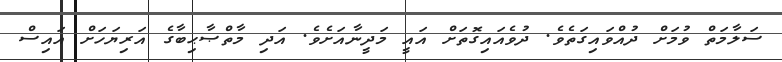
ސަލާމަތް ވުމަށް ދުއްވައިގަތެވެ. ދުވެއައިގޮތަށް އައީ މަދީނާއަށެވެ. އަދި މާތްޞާޙިބާގެ އަރިޔަހަށް އައިސް